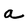
Character: a